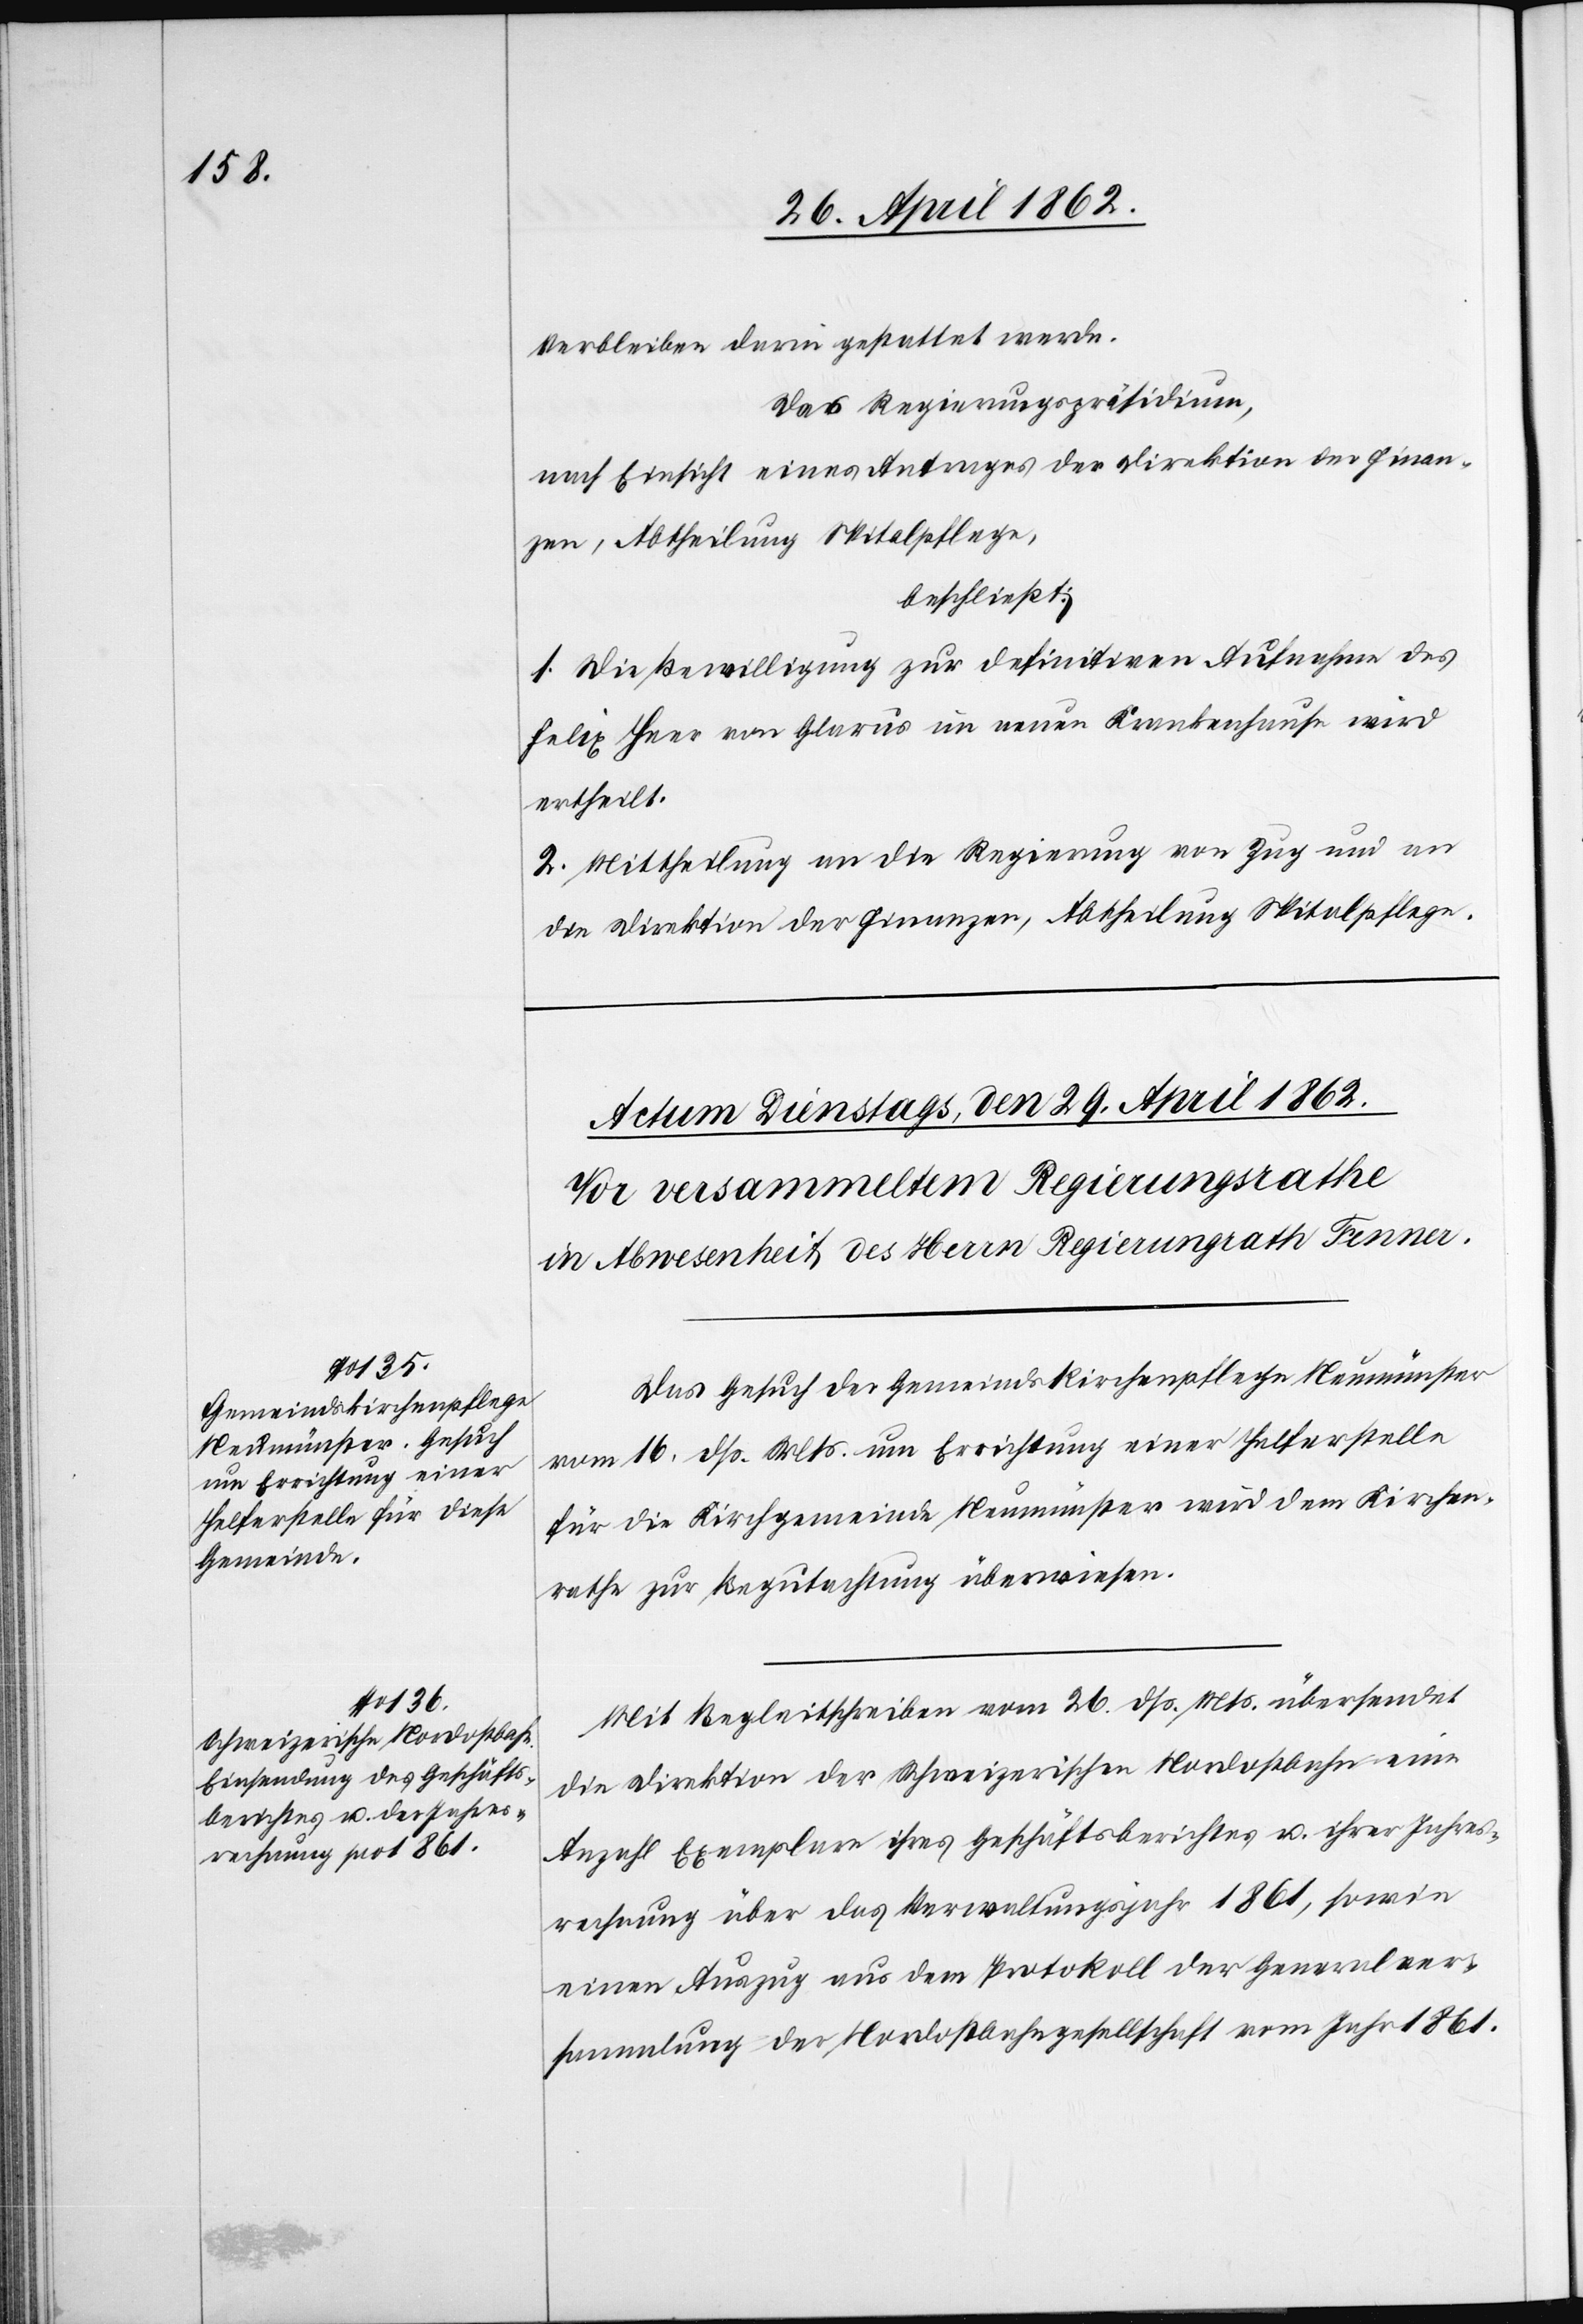
Verbleiben darin gestattet werde.
Das Regierungspräsidium,
nach Einsicht eines Antrages der Direktion der Finan¬
zen, Abtheilung Spitalpflege,
beschließt:
1. Die Bewilligung zur definitiven Aufnahme des
Felix Heer von Glarus im neuen Krankenhause wird
ertheilt.
2. Mittheilung an die Regierung von Zug und an
die Direktion der Finanzen, Abtheilung Spitalpflege.
Das Gesuch der Gemeindskirchenpflege Neumünster
vom 16. dß. Mts. um Errichtung einer Helferstelle
für die Kirchgemeinde Neumünster wird dem Kirchen¬
rathe zur Begutachtung überwiesen.
Mit Begleitschreiben vom 26. dß. Mts. übersendet
die Direktion der Schweizerischen Nordostahn eine
Anzahl Exemplare ihres Geschäftsberichtes u. ihrer Jahres¬
rechnung über das Verwaltungsjahr 1861, sowie
einen Auszug aus dem Protokoll der Generalver¬
sammlung der Nordostbahngesellschaft vom Jahr 1861.